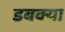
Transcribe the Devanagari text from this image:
डबक्या